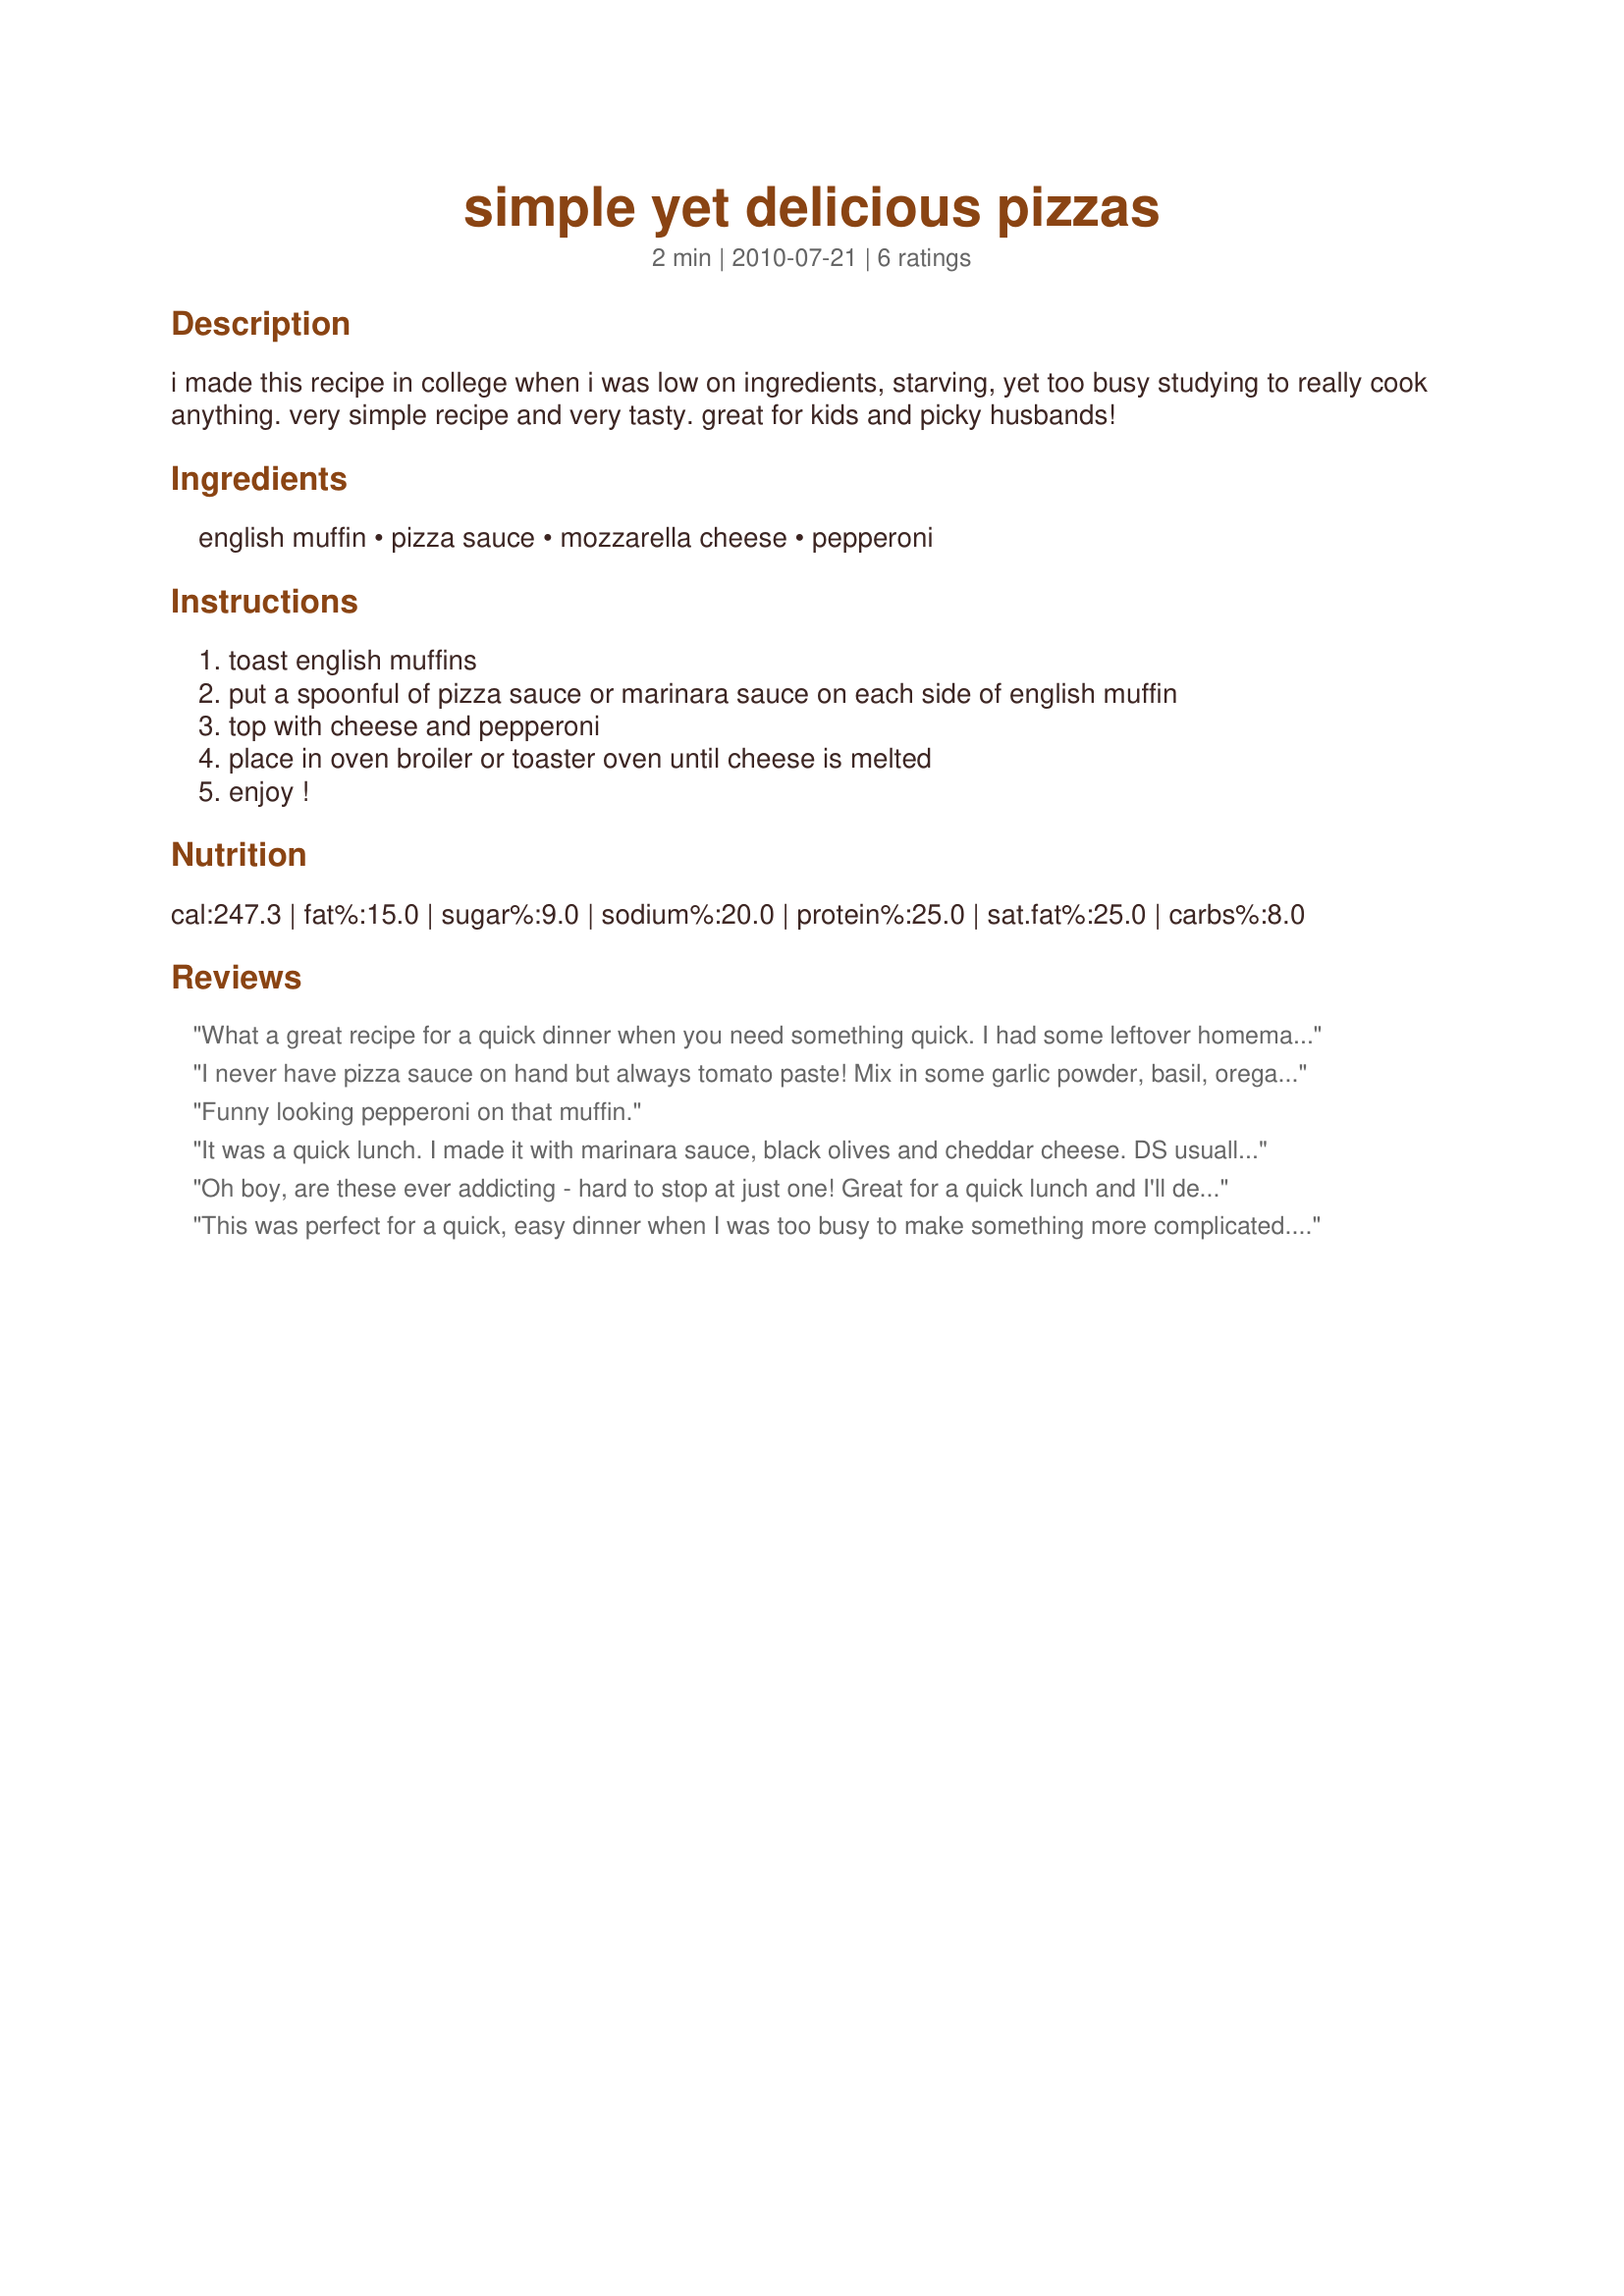
simple yet delicious pizzas
Preparation time: 2 minutes

i made this recipe in college when i was low on ingredients, starving, yet too busy studying to really cook anything. very simple recipe and very tasty. great for kids and picky husbands!

Ingredients:
english muffin, pizza sauce, mozzarella cheese, pepperoni

Steps:
toast english muffins, put a spoonful of pizza sauce or marinara sauce on each side of english muffin, top with cheese and pepperoni, place in oven broiler or toaster oven until cheese is melted, enjoy !

Reviews:
What a great recipe for a quick dinner when you need something quick. I had some leftover homemade pizza sauce and topped with the cheese, pepperoni and I added onions (love onions). This recipe has so many options that could be used. Thank you for posting. Made for Fall PAC 2012.
I never have pizza sauce on hand but always tomato paste! Mix in some garlic powder, basil, oregano, salt, pepper and a drizzle of olive oil. Easy Peasy pizza sauce! What you do not use can be frozen in teaspoon sized dollops and be quickly thawed for future pizzas!
Funny looking pepperoni on that muffin.
It was a quick lunch. I made it with marinara sauce, black olives and cheddar cheese. DS usually doesn't like english muffins, but that way, it was good for him. Thanks Mrs. Unrath :) Made for Alphabet tag game
Oh boy, are these ever addicting - hard to stop at just one! Great for a quick lunch and I'll definitely be making them again. Made for Fall 2012 Pick A Chef.
This was perfect for a quick, easy dinner when I was too busy to make something more complicated. I grabbed an English muffin from the freezer, a packet of pizza sauce (also in the freezer, divided into personal-pizza-size amounts), and some pre-cooked turkey bacon as I didn't have any pepperoni. Let the muffin & sauce thaw while I worked on other things; add some cheese from the fridge, heat, and supper is done! Thanks so much for sharing!
